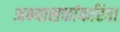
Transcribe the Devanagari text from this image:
अभ्यासकांकरिता